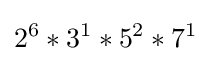
2^{6}*3^{1}*5^{2}*7^{1}